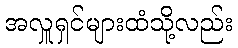
အလှူရှင်များထံသို့လည်း